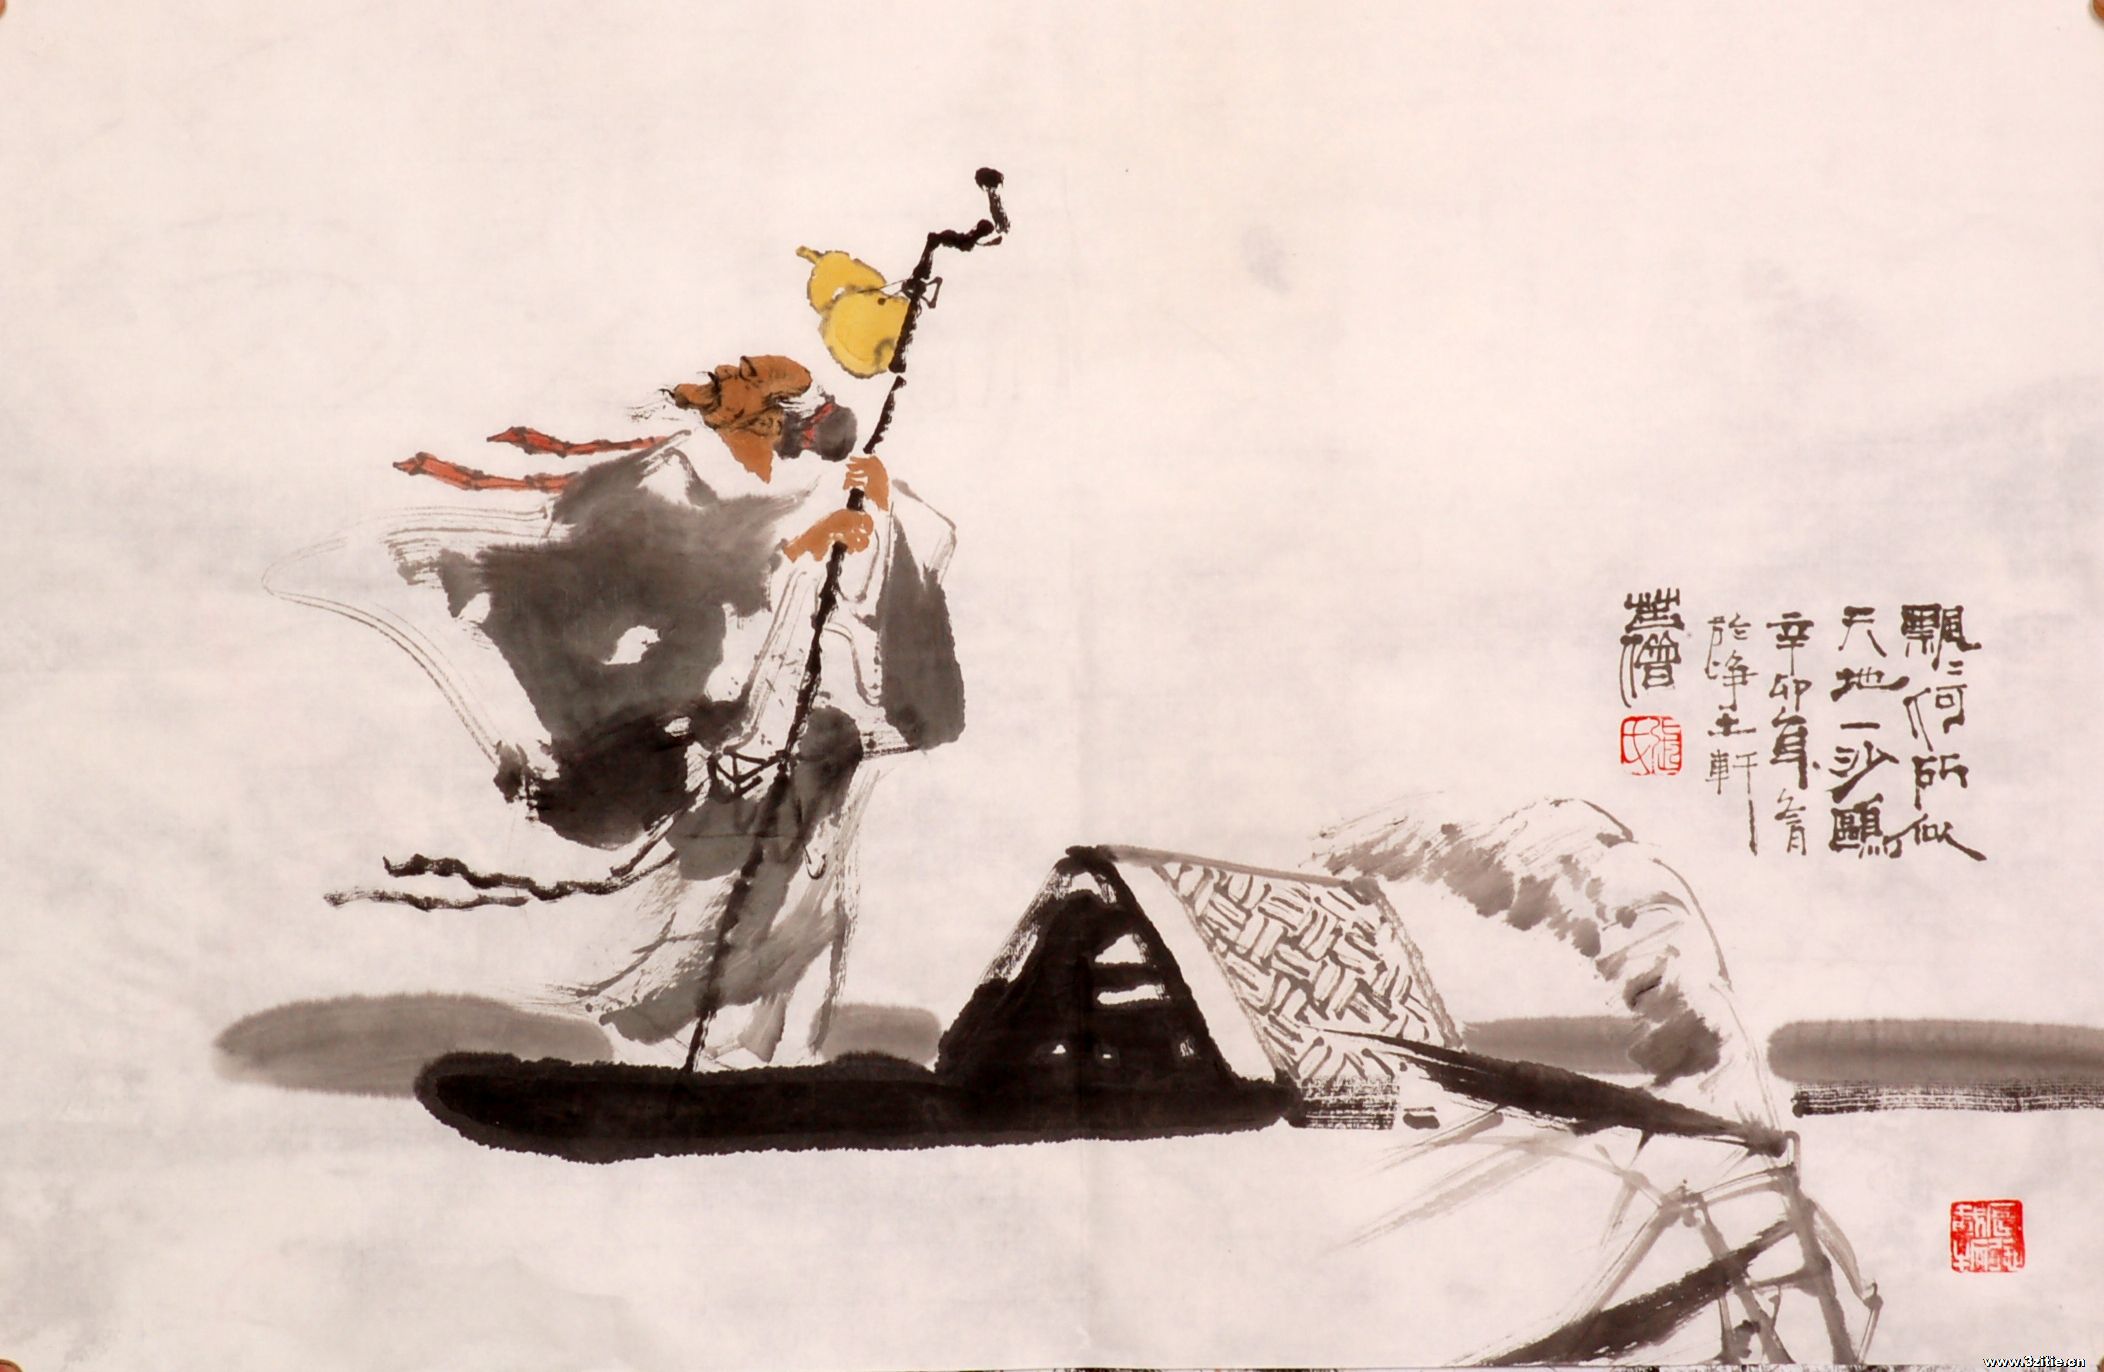
飘飘何所似，天地一沙鸥。